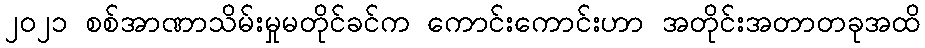
၂၀၂၁ စစ်အာဏာသိမ်းမှုမတိုင်ခင်က ကောင်းကောင်းဟာ အတိုင်းအတာတခုအထိ